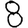
Digit: 8